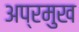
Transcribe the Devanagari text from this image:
अप्रमुख